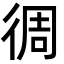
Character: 徟